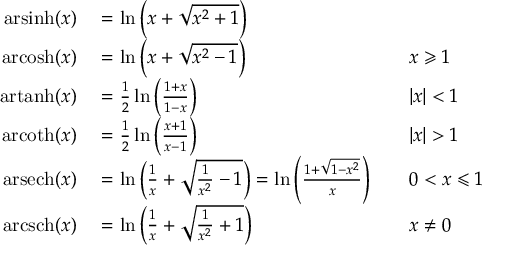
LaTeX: \begin{array} { r l r l } { \operatorname { a r s i n h } ( x ) } & { { } = \ln \left( x + { \sqrt { x ^ { 2 } + 1 } } \right) } \\ { \operatorname { a r c o s h } ( x ) } & { { } = \ln \left( x + { \sqrt { x ^ { 2 } - 1 } } \right) } & { } & { { } x \geqslant 1 } \\ { \operatorname { a r t a n h } ( x ) } & { { } = { \frac { 1 } { 2 } } \ln \left( { \frac { 1 + x } { 1 - x } } \right) } & { } & { { } | x | < 1 } \\ { \operatorname { a r c o t h } ( x ) } & { { } = { \frac { 1 } { 2 } } \ln \left( { \frac { x + 1 } { x - 1 } } \right) } & { } & { { } | x | > 1 } \\ { \operatorname { a r s e c h } ( x ) } & { { } = \ln \left( { \frac { 1 } { x } } + { \sqrt { { \frac { 1 } { x ^ { 2 } } } - 1 } } \right) = \ln \left( { \frac { 1 + { \sqrt { 1 - x ^ { 2 } } } } { x } } \right) } & { } & { { } 0 < x \leqslant 1 } \\ { \operatorname { a r c s c h } ( x ) } & { { } = \ln \left( { \frac { 1 } { x } } + { \sqrt { { \frac { 1 } { x ^ { 2 } } } + 1 } } \right) } & { } & { { } x \neq 0 } \end{array}